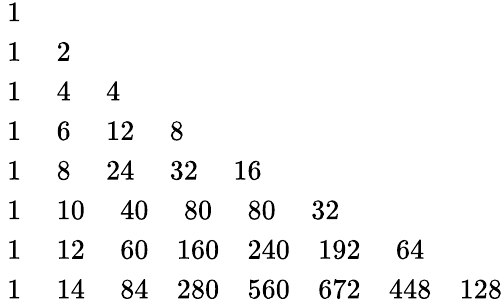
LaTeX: {\begin{array}{l}{{\mathrm{~1}}}\\ {{\mathrm{~1}}\quad{\mathrm{~2}}}\\ {{\mathrm{~1}}\quad{\mathrm{~4}}\quad{\mathrm{~4}}}\\ {{\mathrm{~1}}\quad{\mathrm{~6}}\quad{\mathrm{~12}}\quad{\mathrm{~8}}}\\ {{\mathrm{~1}}\quad{\mathrm{~8}}\quad{\mathrm{~24}}\quad{\mathrm{~32}}\quad{\mathrm{~16}}}\\ {{\mathrm{~1}}\quad{\mathrm{~10}}\quad{\mathrm{~40}}\quad{\mathrm{~80}}\quad{\mathrm{~80}}\quad{\mathrm{~32}}}\\ {{\mathrm{~1}}\quad{\mathrm{~12}}\quad{\mathrm{~60}}\quad 160\quad 240\quad 192\quad{\mathrm{~64}}}\\ {{\mathrm{~1}}\quad{\mathrm{~14}}\quad{\mathrm{~84}}\quad 280\quad 560\quad 672\quad 448\quad 128}\end{array}}